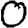
Digit: 0